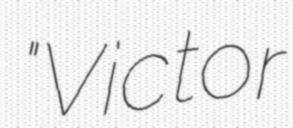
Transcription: "Victor